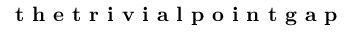
\textbf { t h e t r i v i a l p o i n t g a p }